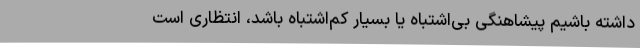
داشته باشیم پیشاهنگی بی‌اشتباه یا بسیار کم‌اشتباه باشد، انتظاری است